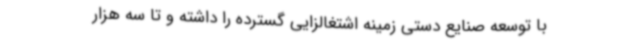
با توسعه صنایع دستی زمینه اشتغالزایی گسترده را داشته و تا سه هزار